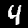
Digit: 4